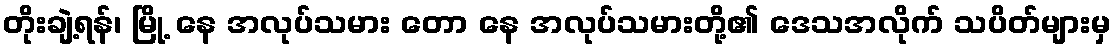
တိုးချဲ့ရန်၊ မြို့ နေ အလုပ်သမား တော နေ အလုပ်သမားတို့၏ ဒေသအလိုက် သပိတ်များမှ